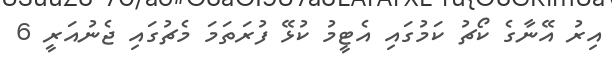
އިރު އޭނާގެ ކޯޗު ކަމުގައި އެޓީމު ކުޅޭ ފުރަތަމަ މެޗުގައި ޖެނުއަރީ 6